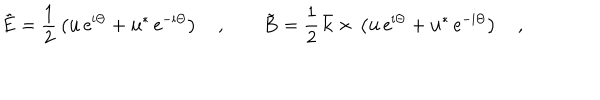
\tilde { { \bf E } } { } = { } \frac { 1 } { 2 } \, \left( { \bf u } \, \mathrm { e } ^ { \mathrm { i } \Theta } { } + { } { \bf u } ^ { * } \, \mathrm { e } ^ { - \mathrm { i } \Theta } \right) \quad , \qquad \tilde { { \bf B } } { } = { } \frac { 1 } { 2 } \, \bar { \bf k } { } \times { } \left( { \bf u } \, \mathrm { e } ^ { \mathrm { i } \Theta } { } + { } { \bf u } ^ { * } \, \mathrm { e } ^ { - \mathrm { i } \Theta } \right) \quad ,